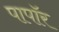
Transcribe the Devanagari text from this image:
पापॉर